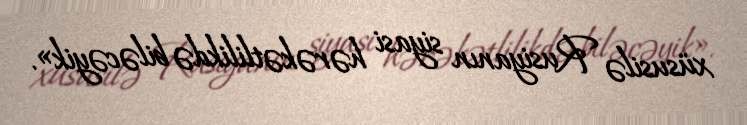
xüsusilə Rusiyanın siyasi hərəkətlilikdə biləcəyik».